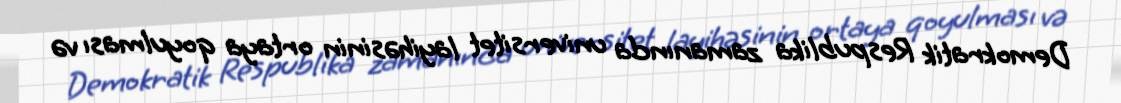
Demokratik Respublika zamanında universitet layihəsinin ortaya qoyulması və